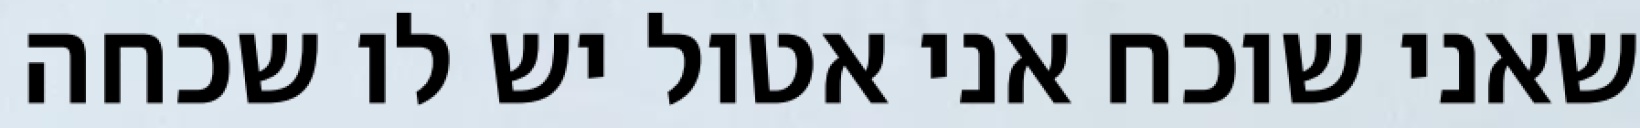
שאני שוכח אני אטול יש לו שכחה